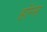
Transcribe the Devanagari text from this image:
हाॅम्स